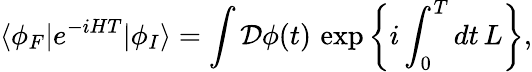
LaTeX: \langle\phi_{F}|e^{-iHT}|\phi_{I}\rangle=\int{\mathcal{D}}\phi(t)\, \exp\left\{ i\int_{0}^{T}dt\, L\right\} ,